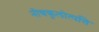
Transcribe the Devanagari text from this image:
नीचकुलोत्पत्ति